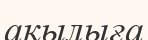
ақылыға